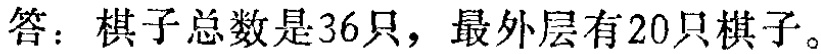
答：棋子总数是36只，最外层有20只棋子。